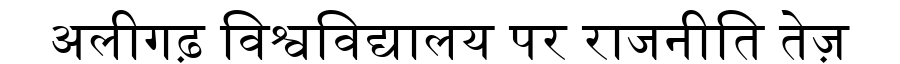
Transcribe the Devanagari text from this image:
अलीगढ़ विश्वविद्यालय पर राजनीति तेज़